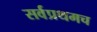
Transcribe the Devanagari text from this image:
सर्वप्रथमच